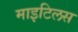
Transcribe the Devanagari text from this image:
माइटिलस